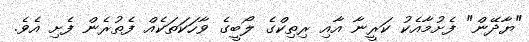
"ޔާދޭން" ފެށުމާއެކު ކަރީނާ އާއި ރިތިކްގެ ލޯބީގެ ވާހަކަތަކެއް ފެތުރެން ފެށި އެވެ.